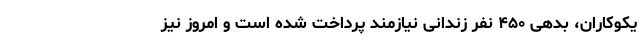
یکوکاران، بدهی ۴۵۰ نفر زندانی نیازمند پرداخت شده است و امروز نیز